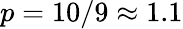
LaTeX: p=10/9\approx 1.1